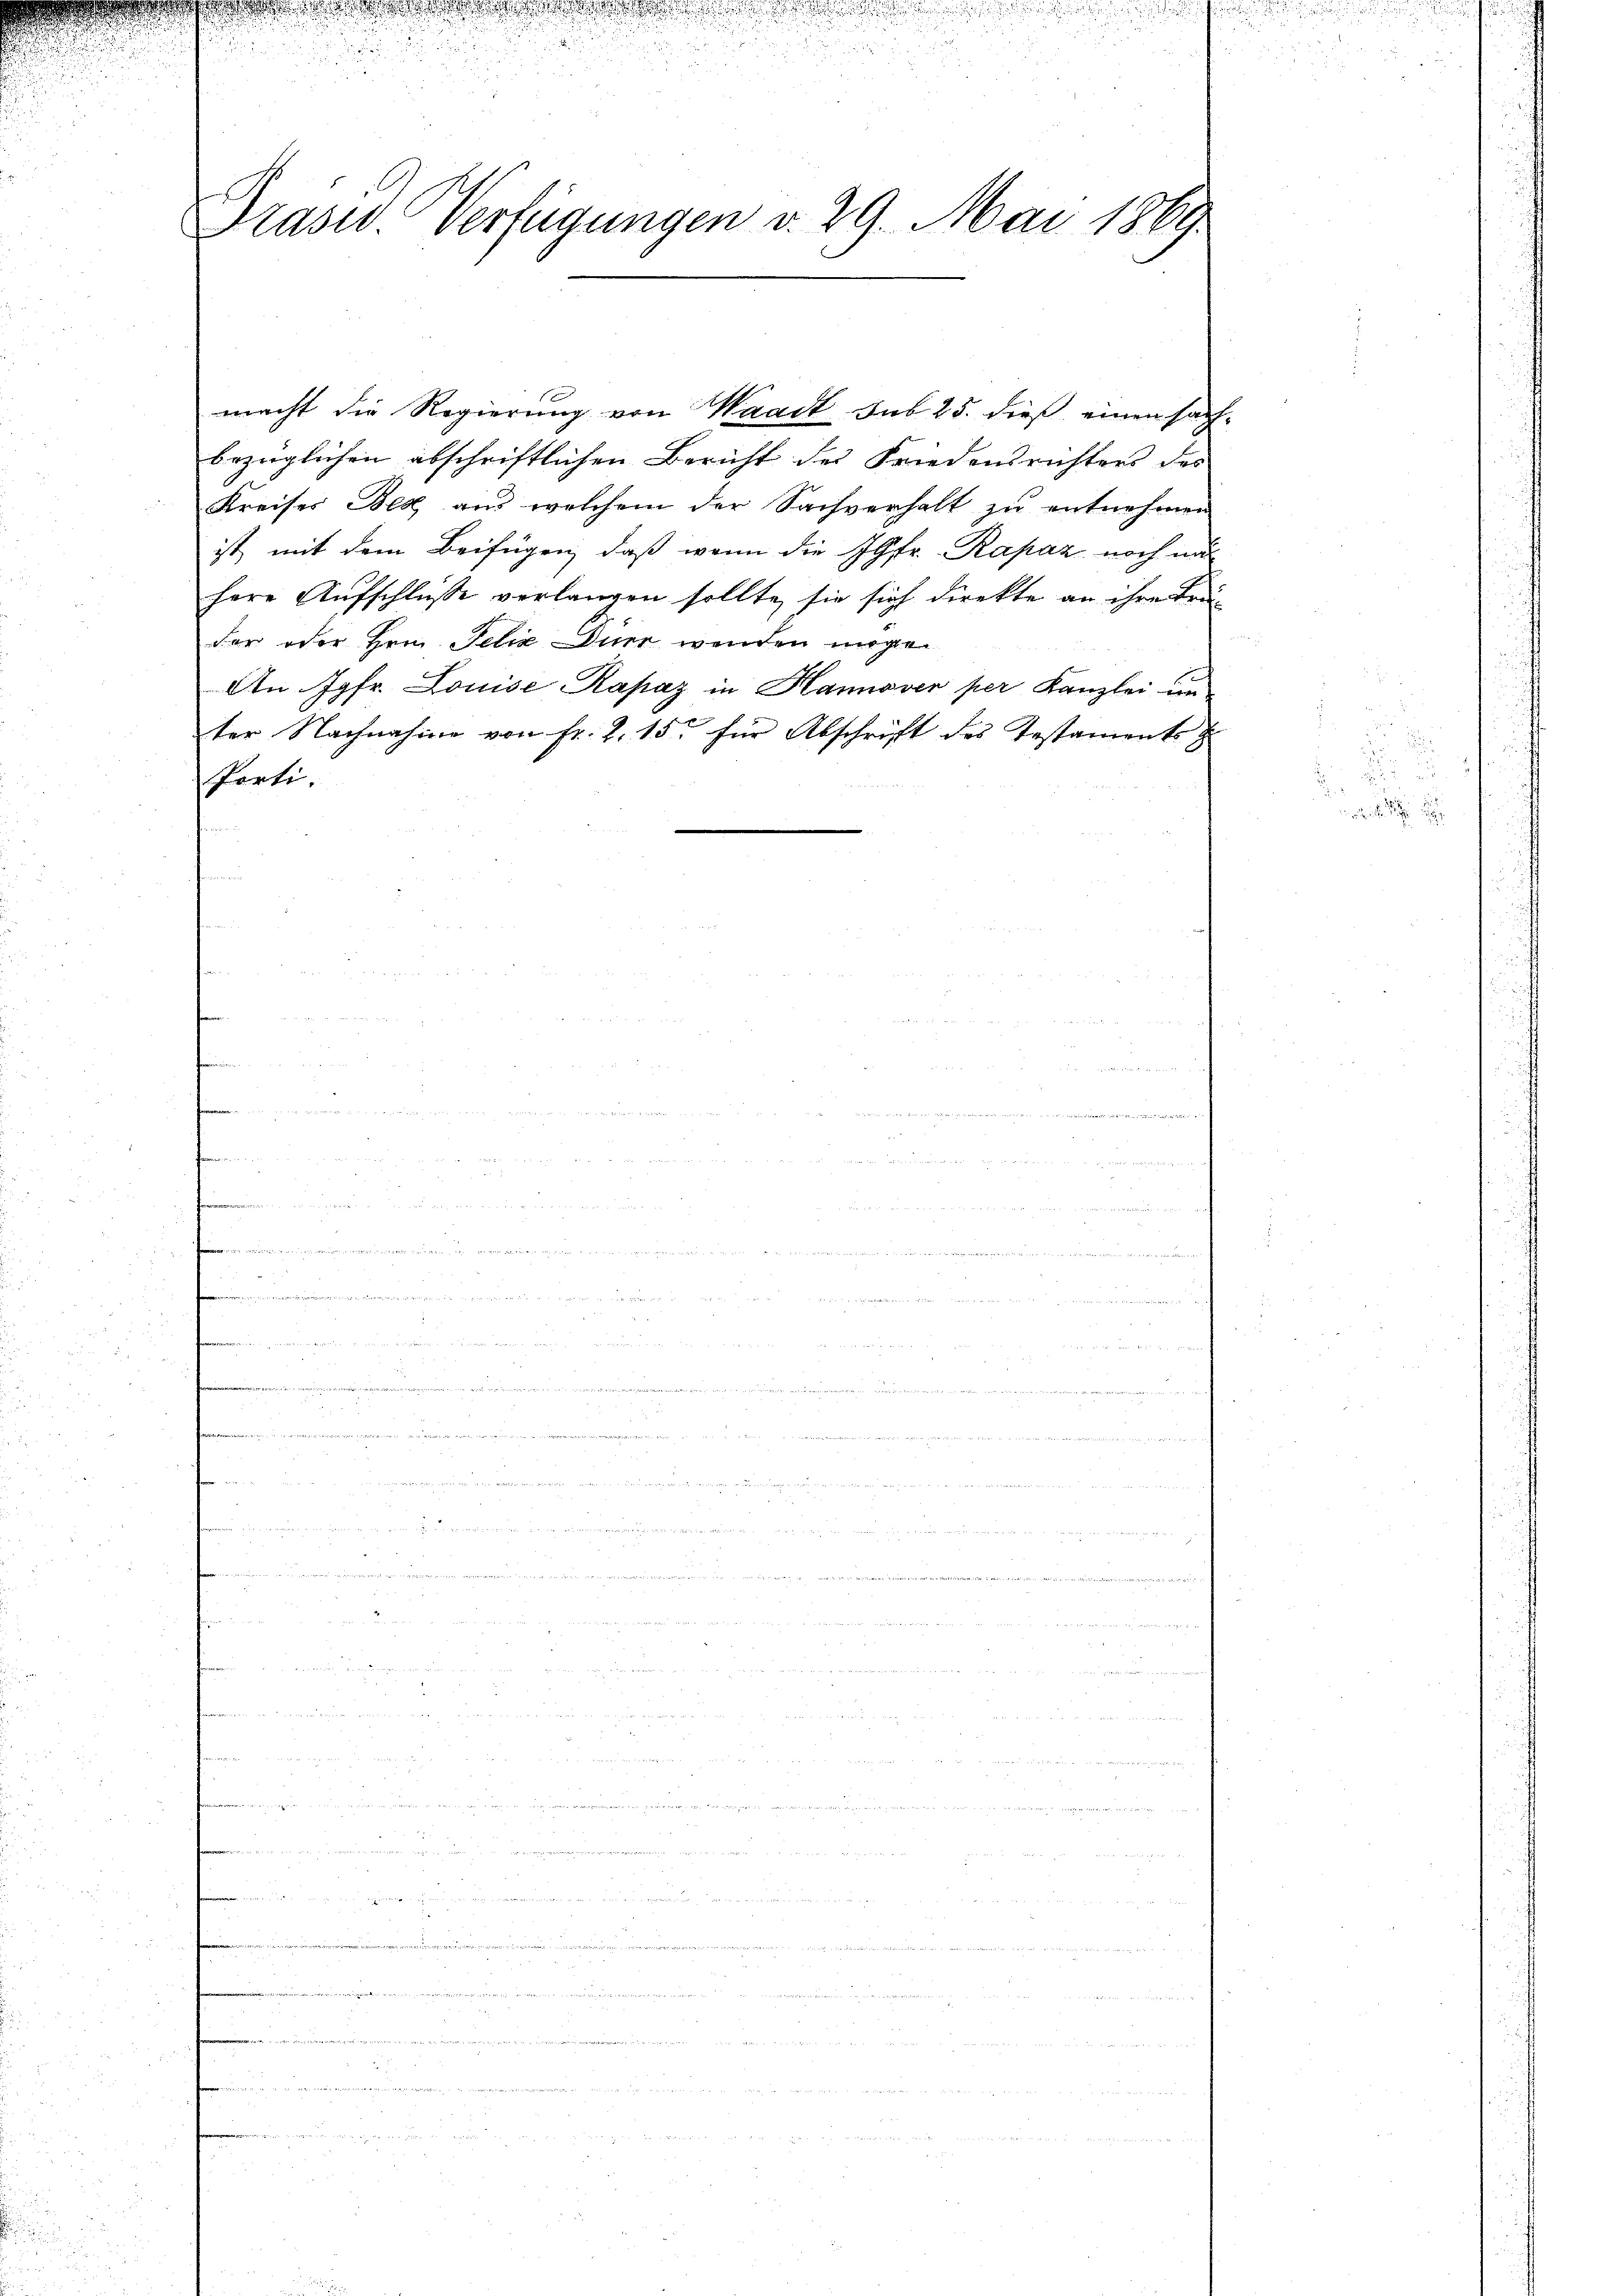
n

Prasw. Verfügungen v. 29. Mai 1869

bezüglichen abschriftlichen Bericht des Friedensrichters des
Kreises Bex aus welchem der Sachverhalt zu entnehmen
ist, mit dem Beifügen, daß wenn die Jgfr. Rapaz noch nich
herr Aŭfschlüße verlangen sollte, sie sich direkte an ihre Brü-
der oder Hrn. Felix Dürr wenden möge.
An Jgfr. Louise Rapaz in Hannover per Kanzlei un
ter Nachnahme von fr. Z. 15. für Abschrift des Testaments
Porti.
e
u
t
femmen
n
.
t
n

.
u

            in ein eingen
.
 8
..........................................
2

d

macht die Regierung von Waadt sub 25. dieß einen sach-